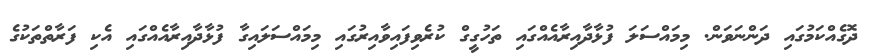
ދޮގެއްކަމުގައި ދަންނަވަން. މިމައްސަލަ ފުޅާދާއިރާއެއްގައި ތަހުގީގް ކުރެވިފައިވާއިރުގައި މިމައްސަލައިގާ ފުޅާދާއިރާއެއްގައި އެކި ފަރާތްތަކުގެ